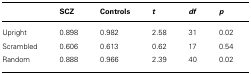
<table><thead><tr><td></td><td><b>SCZ</b></td><td><b>Controls</b></td><td><b><i>t</i></b></td><td><b><i>df</i></b></td><td><b><i>p</i></b></td></tr></thead><tbody><tr><td>Upright</td><td>0.898</td><td>0.982</td><td>2.58</td><td>31</td><td>0.02</td></tr><tr><td>Scrambled</td><td>0.606</td><td>0.613</td><td>0.62</td><td>17</td><td>0.54</td></tr><tr><td>Random</td><td>0.888</td><td>0.966</td><td>2.39</td><td>40</td><td>0.02</td></tr></tbody></table>